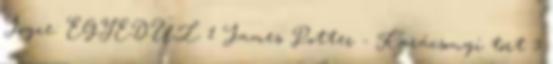
Joyce: EGYEDÜL 1 James Potter - Karácsonyi tört 3